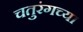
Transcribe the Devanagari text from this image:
चतुरंगच्या